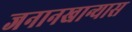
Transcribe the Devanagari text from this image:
जनानखान्यास